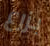
بزرع